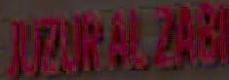
TORS